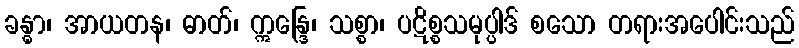
ခန္ဓာ၊ အာယတန၊ ဓာတ်၊ ဣန္ဒြေ၊ သစ္စာ၊ ပဋိစ္စသမုပ္ပါဒ် စသော တရားအပေါင်းသည်